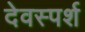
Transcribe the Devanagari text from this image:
देवस्पर्श